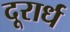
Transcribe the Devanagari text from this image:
दूरार्ध